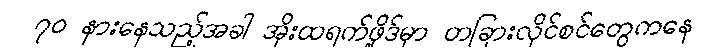
၇၀ နားနေသည့်အခါ အိုးထရက်ဖို့ဒ်မှာ တခြားလိုင်စင်တွေကနေ